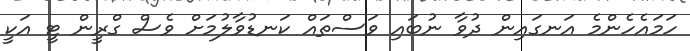
ހަމައެހެންމެ އަނގައިން ދުވާ ނުބައި ވަސްތައް ކަނޑުވާލުމަށް ވެސް ގްރީން ޓީ އަކީ